Lock hospitals Punjab
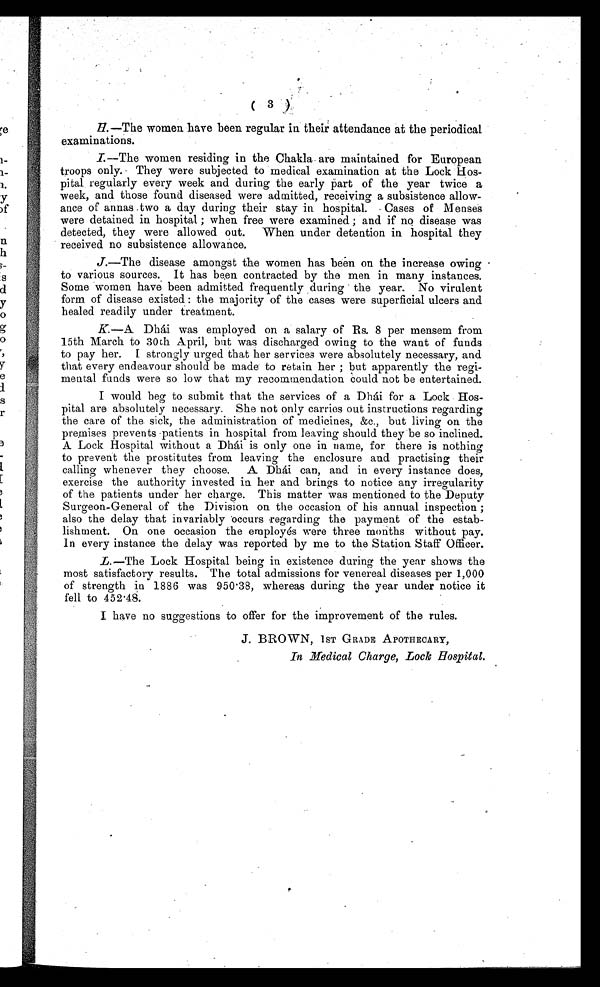
( 3 )
H. —The women have been regular in their attendance at the periodical
examinations.
I.—The women residing in the Chakla are maintained for European
troops only. They were subjected to medical examination at the Lock Hos-
-pital regularly every week and during the early part of the year twice a
week, and those found diseased were admitted, receiving a subsistence allow--
ance of annas two a day during their stay in hospital. Cases of Menses
were detained in hospital ; when free were examined ; and if no disease was
detected, they were allowed out. When under detention in hospital they
received no subsistence allowance.
J. —The disease amongst the women has been on the increase owing
to various sources. It has been contracted by the men in many instances.
Some women have been admitted frequently during the year. No virulent
form of disease existed : the majority of the cases were superficial ulcers and
healed readily under treatment.
K. —A Dhái was employed on a salary of Rs. 8 per mensem from
15th March to 30th April, but was discharged owing to the want of funds
to pay her. I strongly urged that her services were absolutely necessary, and
that every endeavour should be made to retain her ; but apparently the regi-
mental funds were so low that my recommendation could not be entertained.
I would beg to submit that the services of a Dhái for a Lock Hos--
pital are absolutely necessary. She not only carries out instructions regarding
the care of the sick, the administration of medicines, &c. but living on the
premises prevents patients in hospital from leaving should they be so inclined.
A Lock Hospital without a Dhái is only one in name, for there is nothing
to prevent the prostitutes from leaving the enclosure and practising their
calling whenever they choose. A Dhái can, and in every instance does,
exercise the authority invested in her and brings to notice any irregularity
of the patients under her charge. This matter was mentioned to the Deputy
Surgeon-General of the Division on the occasion of his annual inspection ;
also the delay that invariably occurs regarding the payment of the estab-
-lishment. On one occasion the employés were three months without pay.
In every instance the delay was reported by me to the Station Staff Officer.
L. —The Lock Hospital being in existence during the year shows the
most satisfactory results. The total admissions for venereal diseases per 1,000
of strength in 1886 was 950.38, whereas during the year under notice it
fell to 452.48.
I have no suggestions to offer for the improvement of the rules.
J. BROWN, 1ST GRADE APOTHECARY,